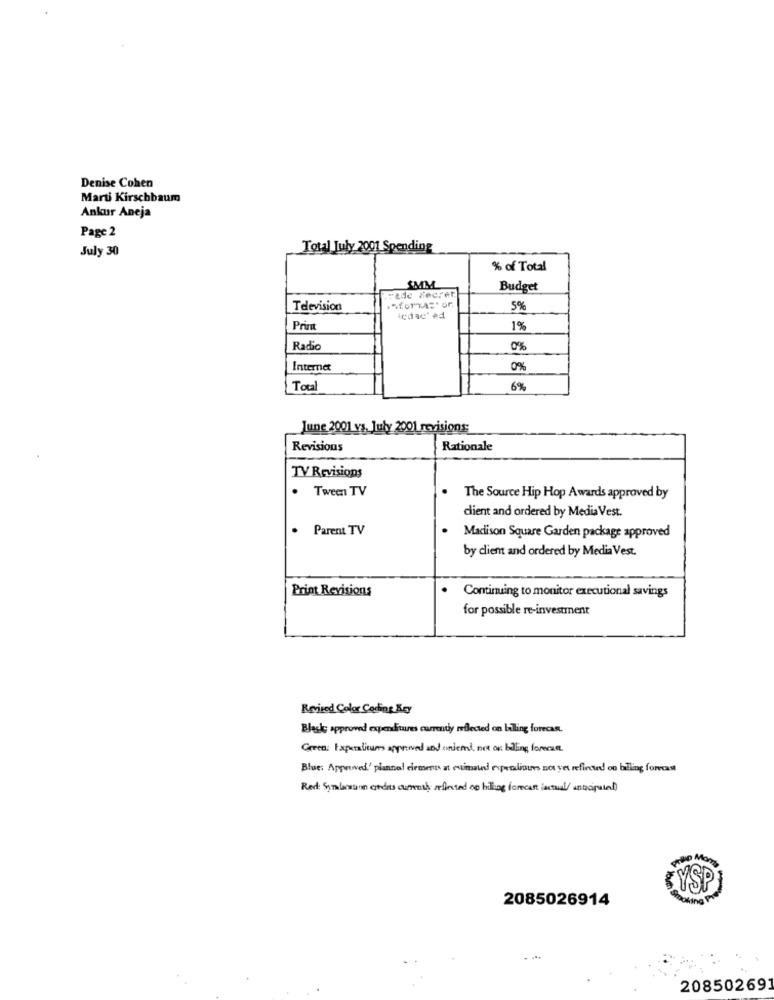
Denise Cohen
Marti Kirschbaum
Ankur Aneja
Page 2
July 30
Total July 2001 Spending
% of Total
SMM
Budget
iTAde Secret
Television
5%
icdac' ed
Prim
1%
Radio
0%
Internet
0%
Total
6%
June 2001 vs. July 2001 revisions
Revisions
Rationale
TV Revisions
.
Tween TV
The Source Hip Hop Awards approved by
dient and ordered by Media Vest.
.
Parent TV
Madison Square Garden package approved
by client and ordered by Media Vest.
Print Revisions
Continuing to monitor executional savings
for possible re-investment
Revised Color Coding Kry
Black approved expenditures currently reflected on billing forecast.
Green: Expertioums approved and undent not on billing forecza
Blue: Approved' plannal diemens at cucinaund expenditures not yet refinand on billing forecast
Red: Syndrom codes currensy infected so billing forecast actual/ entroputat)
LYSP
2085026914
20850269